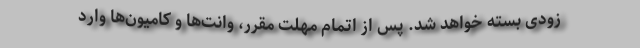
زودی بسته خواهد شد. پس از اتمام مهلت مقرر، وانت‌ها و کامیون‌ها وارد